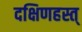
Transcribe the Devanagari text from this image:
दक्षिणहस्त्